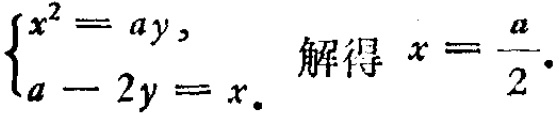
$\begin{cases}x^{2}=ay,\\a - 2y = x.\end{cases}$ 解得 $x=\dfrac{a}{2}.$